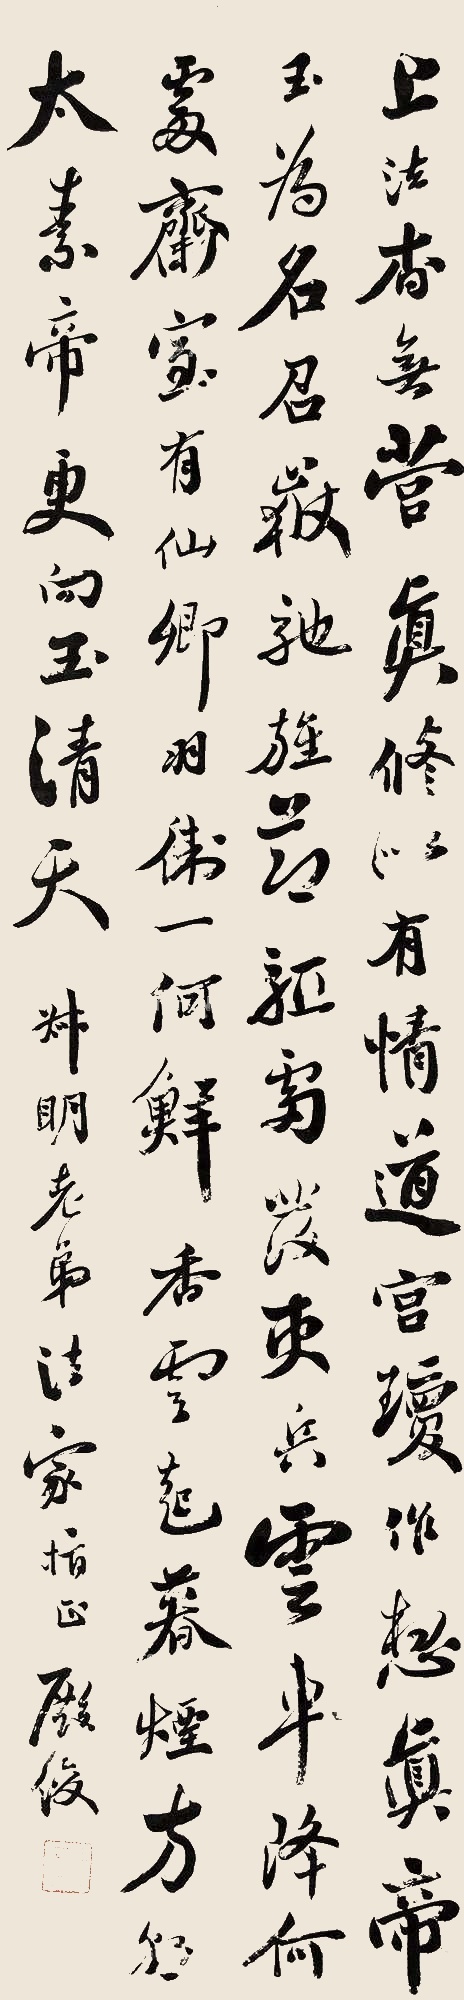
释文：上法杳无营，真修似有情。道宫琼作想，真帝玉为名。召岳驱旌节，驰雷发吏兵。云车降何处，斋室有仙卿。羽卫一何鲜，香云起暮烟。方朝太素帝，更向玉清天。叔明老弟法家指正，殿俊。